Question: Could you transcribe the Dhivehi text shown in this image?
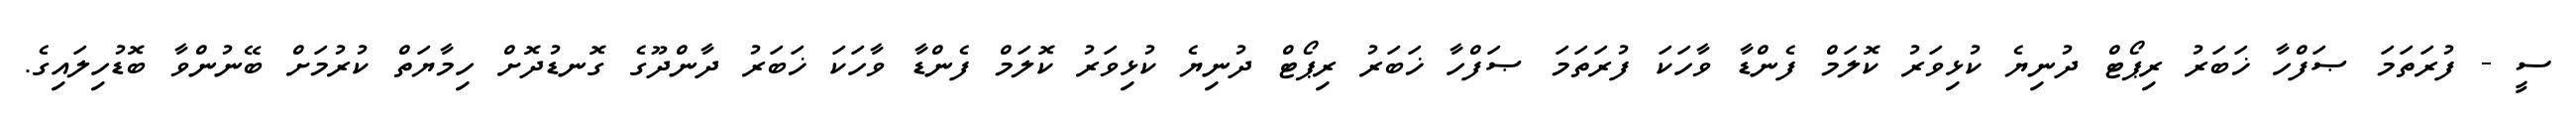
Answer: ސީ - ފުރަތަމަ ޞަފްހާ ޚަބަރު ރިޕޯޓް ދުނިޔެ ކުޅިވަރު ކޮލަމް ފެންޑާ ވާހަކަ ފުރަތަމަ ޞަފްހާ ޚަބަރު ރިޕޯޓް ދުނިޔެ ކުޅިވަރު ކޮލަމް ފެންޑާ ވާހަކަ ޚަބަރު ދާންދޫގެ ގޮނޑުދޮށް ހިމާޔަތް ކުރުމަށް ބޭނުންވާ ބޮޑުހިލައިގެ.